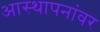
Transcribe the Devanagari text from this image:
आस्‍थापनांवर